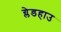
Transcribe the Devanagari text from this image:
ग्लेडहाउ